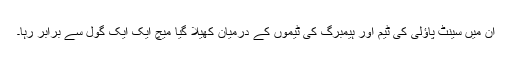
ان میں سینٹ پاؤلی کی ٹیم اور ہیمبرگ کی ٹیموں کے درمیان کھیلا گیا میچ ایک ایک گول سے برابر رہا۔